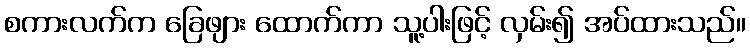
စကားလက်က ခြေဖျား ထောက်ကာ သူ့ပါးဖြင့် လှမ်း၍ အပ်ထားသည်။